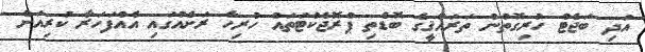
އަދި ބަޖެޓް ހުރިގޮތުން ތަރައްޤީގެ ބޮޑެތި ޕްރޮޖެކްޓަތައް ހުރިހާ ރަށެއްގައި އެއްފަހަރާ ކުރިއަށް